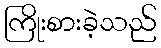
ကြိုးစားခဲ့သည်